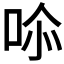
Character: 𭇧